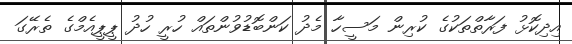
އިދިކޮޅު ފަރާތްތަކުގެ ކުރިން މަަސީހާ މެދު ކަންބޮޑުވުންތައް ހުރީ ހުދު ޕީޕީއެމްގެ ތެރޭގަ